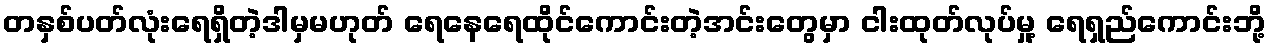
တနှစ်ပတ်လုံးရေရှိတဲ့ဒါမှမဟုတ် ရေနေရေထိုင်ကောင်းတဲ့အင်းတွေမှာ ငါးထုတ်လုပ်မှု့ ရေရှည်ကောင်းဘို့